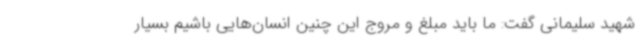
شهید سلیمانی گفت: ما باید مبلغ و مروج این چنین انسان‌هایی باشیم بسیار